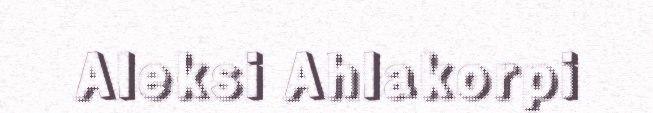
Aleksi Ahlakorpi